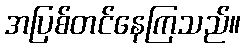
အပြစ်တင်နေကြသည်။